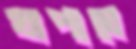
খাপাতে